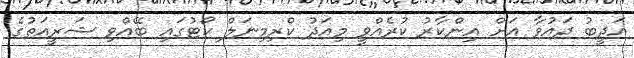
އަދީބު ދައުވާ އަށް އިންކާރު ކުރެއްވީ މިއަދު ކްރިމިނަލް ކޯޓުގައި ބޭއްވި ޝަރީއަތުގެ